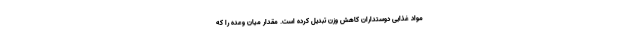
مواد غذایی دوستداران کاهش وزن تبدیل کرده است. مقدار میان وعده را که